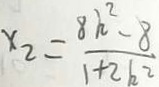
x _ { 2 } = \frac { 8 k ^ { 2 } - 8 } { 1 + 2 b ^ { 2 } }